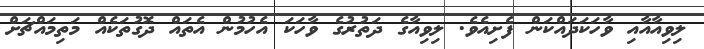
ލިވިއާއާއި ވާހަކަދައްކަން ފެށިއެވެ. ލިވިއާގެ ދަތުރުގެ ވާހަކަ އެހުމުން އެތައް ދޮގުތަކެއް މަތިމައްޗަށް